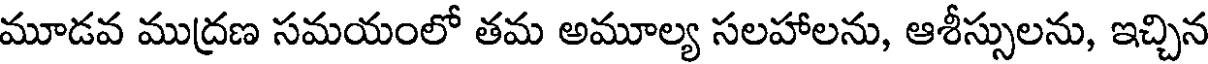
మూడవ ముద్రణ సమయంలో తమ అమూల్య సలహాలను, ఆశీస్సులను, ఇచ్చిన